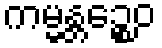
ကမ္မန္တဉ္စေဝ